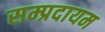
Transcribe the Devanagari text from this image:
सम्प्रदायम